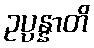
ဥပ္ပန္နာတိ